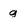
Character: g